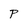
Character: P